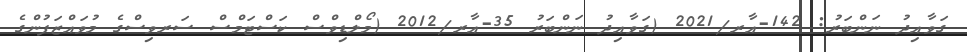
ގަވާއިދު ނަންބަރު: 142-އާރ/2021 (ގަވާއިދު ނަންބަރު 35-އާރ/2012 (މޯލްޑިވްސް ކަސްޓަމްސް ސަރވިސްގެ މުވައްޒަފުންގެ